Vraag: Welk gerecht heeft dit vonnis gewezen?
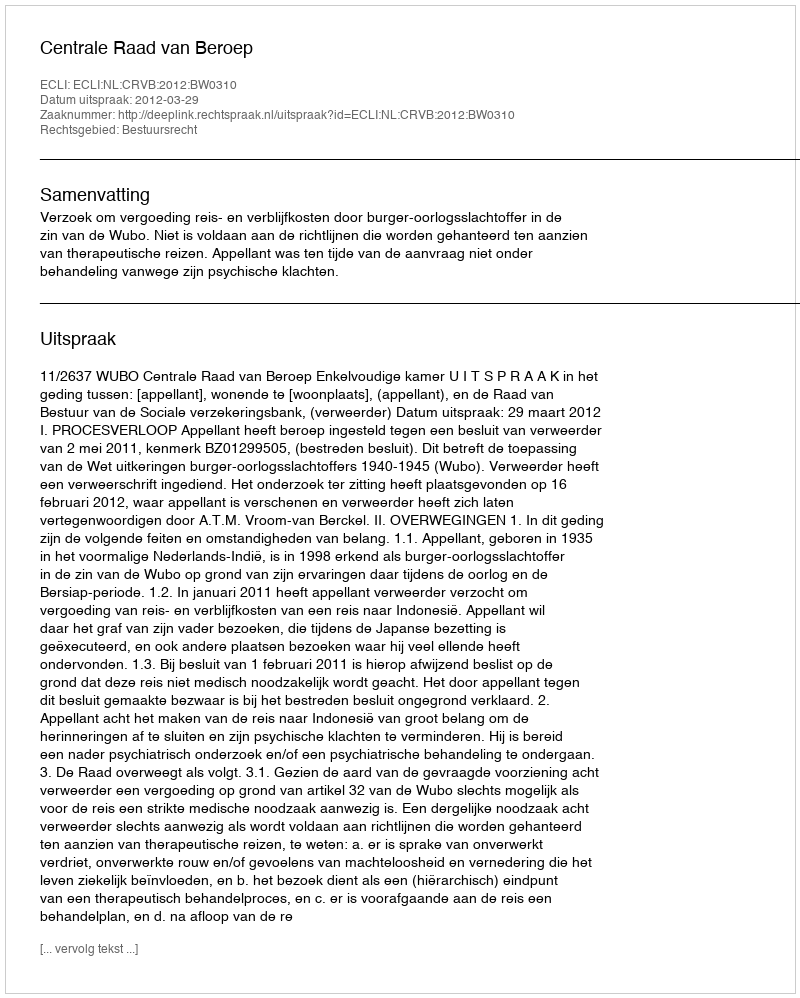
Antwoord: Centrale Raad van Beroep